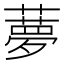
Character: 𦿏